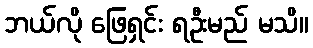
ဘယ်လို ဖြေရှင်း ရဦးမည် မသိ။